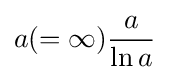
a(=\infty ){\frac {a}{\ln a}}